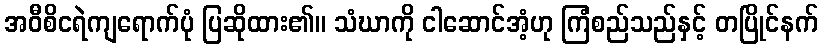
အဝီစိငရဲကျရောက်ပုံ ပြဆိုထား၏။ သံဃာကို ငါဆောင်အံ့ဟု ကြံစည်သည်နှင့် တပြိုင်နက်